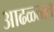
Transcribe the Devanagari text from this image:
आढळ्तात